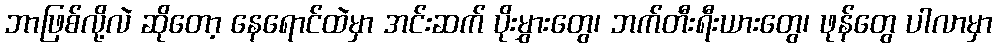
ဘာဖြစ်လို့လဲ ဆိုတော့ နေရောင်ထဲမှာ အင်းဆက် ပိုးမွှားတွေ၊ ဘက်တီးရီးယားတွေ၊ ဖုန်တွေ ပါလာမှာ